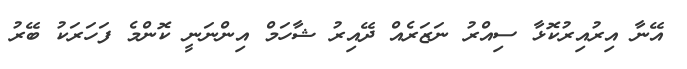
އޭނާ އިރުއިރުކޮޅާ ސިއްރު ނަޒަރެއް ދޭއިރު ޝާހަމް އިންނަނީ ކޮންމެ ފަހަރަކު ބޭރު